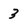
Character: 3